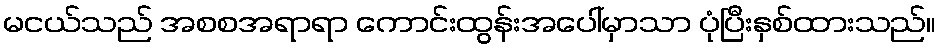
မငယ်သည် အစစအရာရာ ကောင်းထွန်းအပေါ်မှာသာ ပုံပြီးနှစ်ထားသည်။